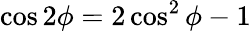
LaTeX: \cos 2\phi=2\cos^{2}\phi-1